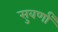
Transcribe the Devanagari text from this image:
सुवर्णां